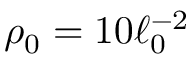
\rho _ { 0 } = 1 0 \ell _ { 0 } ^ { - 2 }